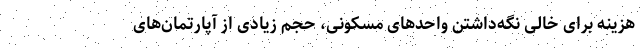
هزینه برای خالی نگه‌‌داشتن واحدهای مسکونی، حجم زیادی از آپارتمان‌‌های